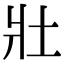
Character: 𡉟